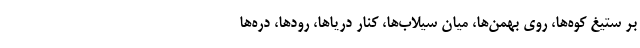
بر ستیغ کوه‌ها، روی بهمن‌ها، میان سیلاب‌ها، کنار دریاها، رودها، دره‌ها